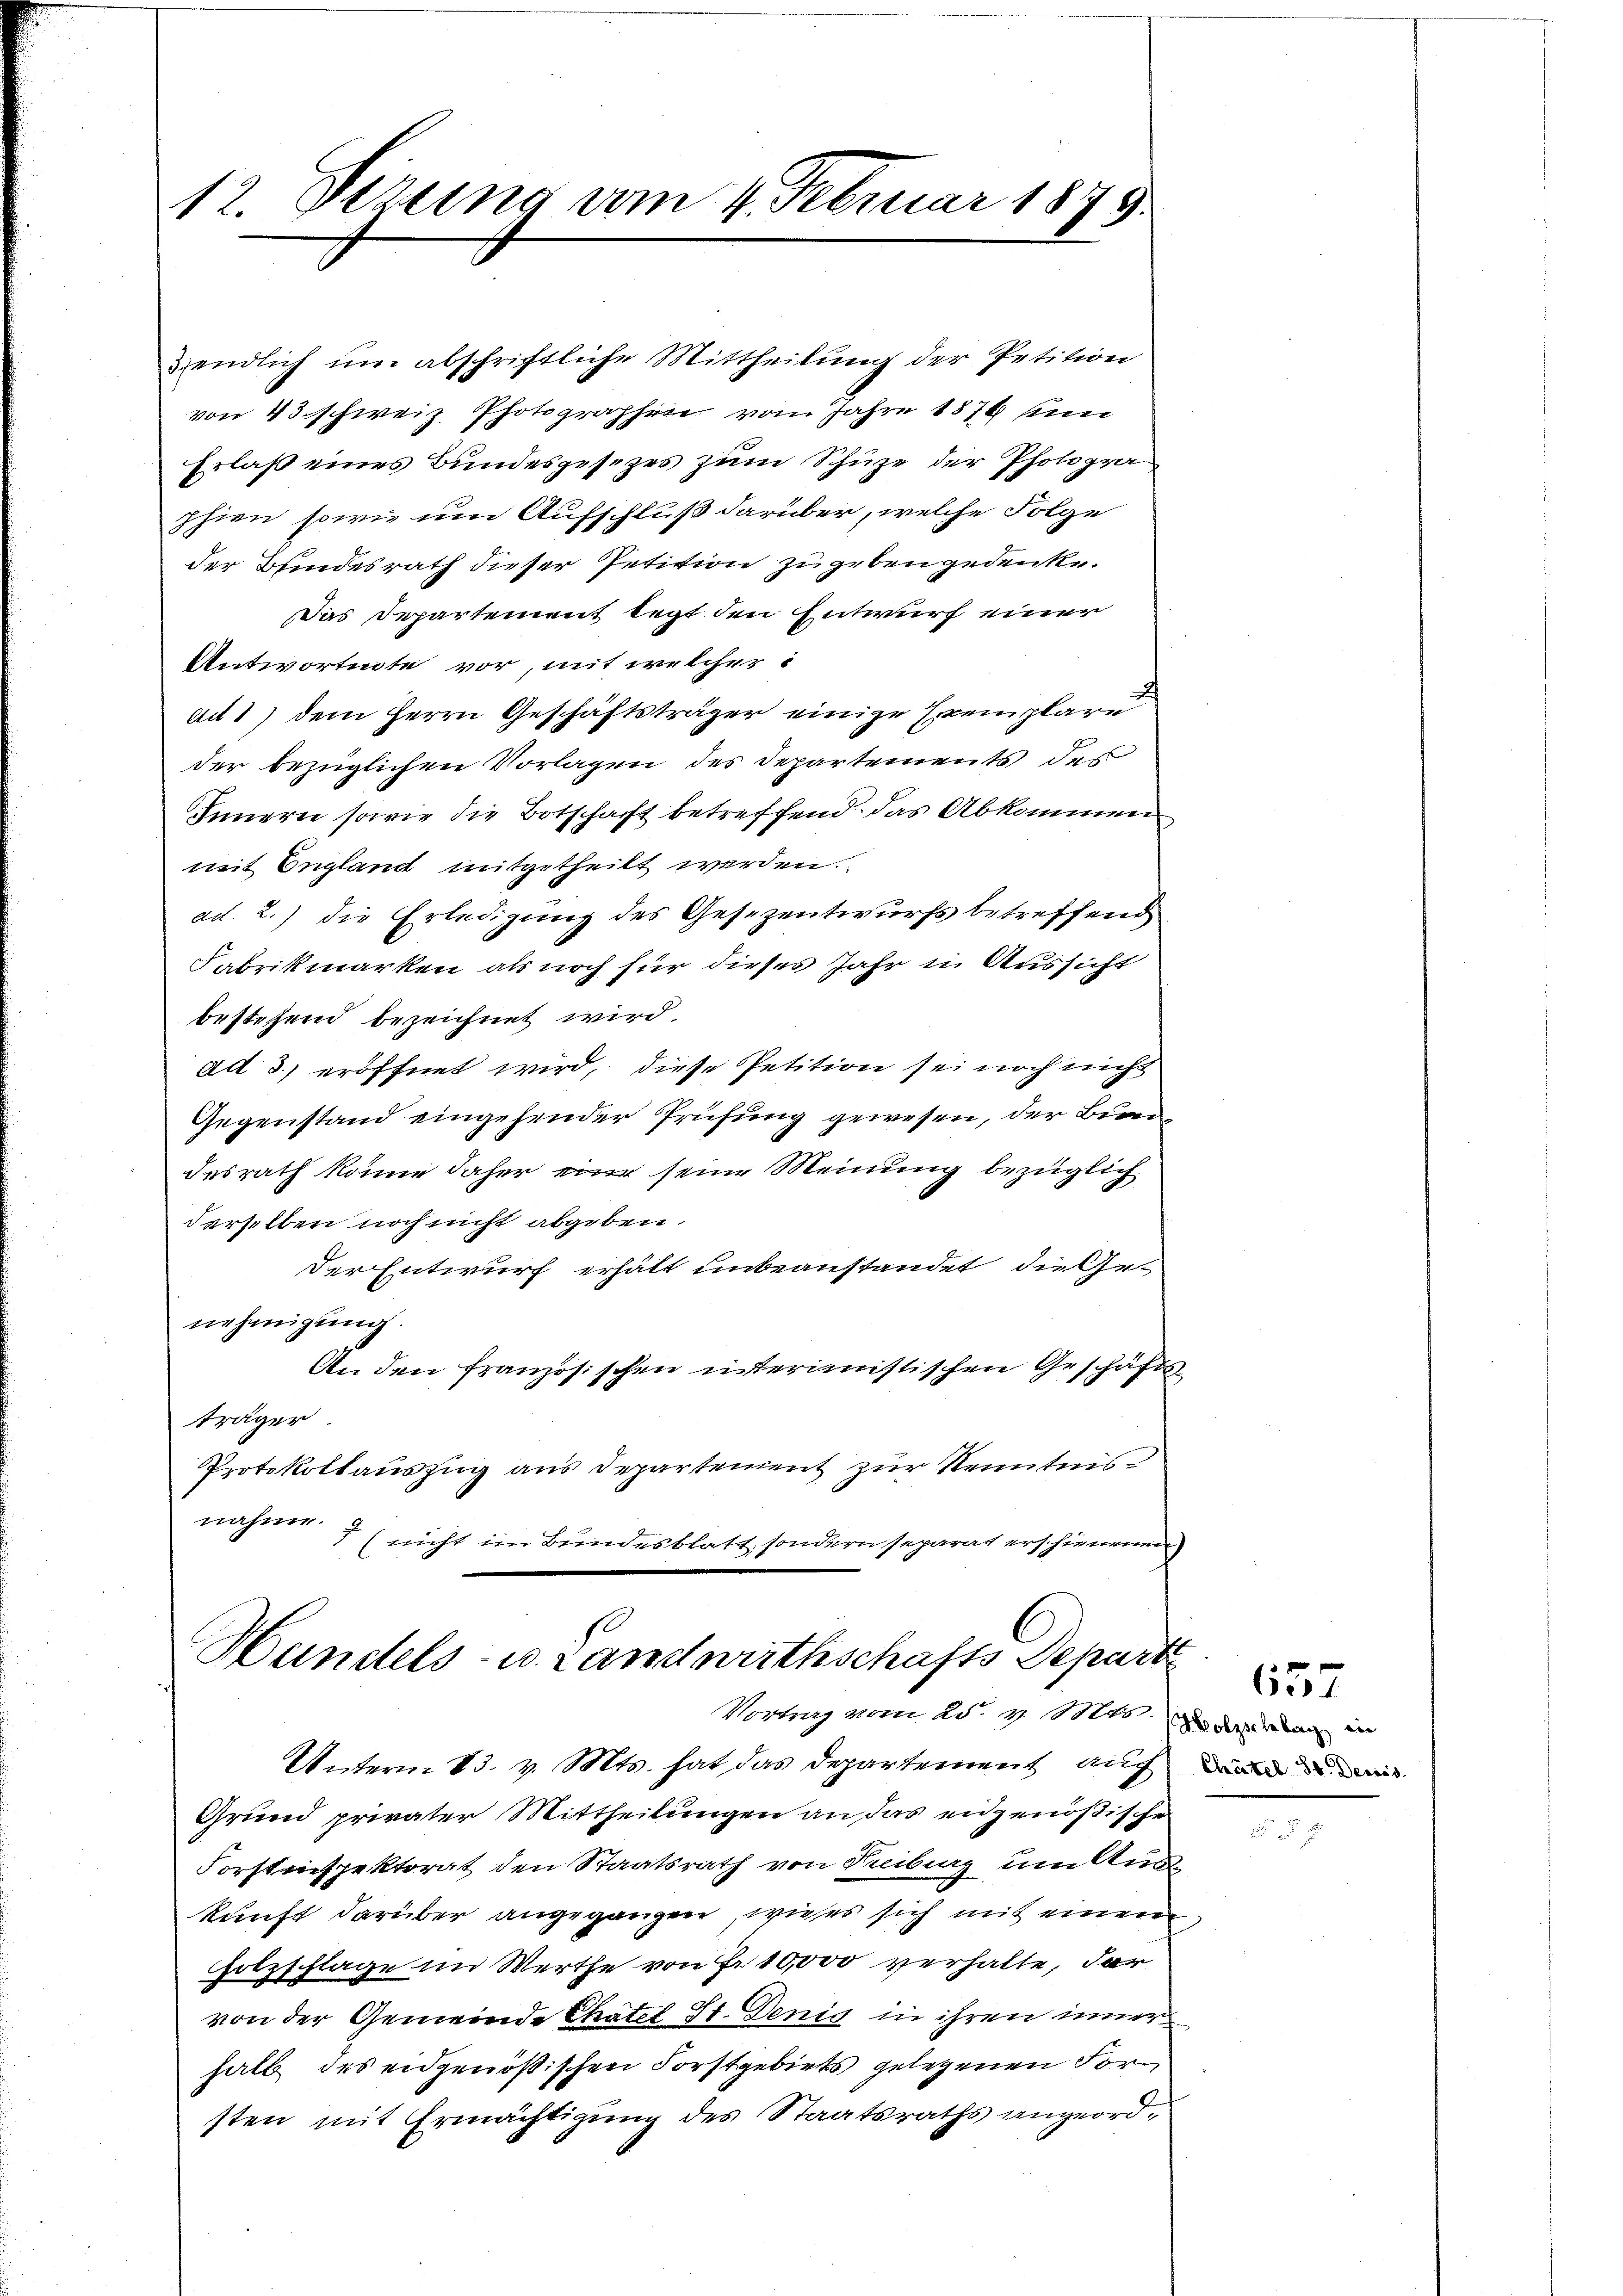
12. Dezung am 4. Februar 1875.

endlich ŭm abschriftliche Mittheilŭng der Petition
von 43 schweiz. Photographen vom Jahre 1876 ein
Erlaß eines Bundesgesezes zum Schüze der Photogra
phien, sowie um Aufschluß darüber, welche Folge
der Bundesrath dieser Petition zu geben gedenke.
Das Departement legt den Entwurf einer
Antwortete vor, mit welcher
ad 1) dem Herrn Geschäftsträger einige Exemplare
der bezüglichen Vorlagen des Departements des
Innern sowie die Botschaft betreffend das Abkommen
mit England mitgetheilt werden.
ad. 2.) die Erledigung des Gesezentwurfs betreffend
Fabrikmarken als noch für dieses Jahr in Aussicht
bestehend bezeichnet wird.
ad 3.) eröffnet wird, diese Petition sei noch nicht
Gegenstand eingehender Prüfung gewesen, der Burge
desrath könne daher eine seine Meinung bezüglich
derselben noch nicht abgeben.
der Entwurf erhält unbeanstandet, die Genehmigung.
An den französischen interimistischen Geschäftsträger.
Protokollauszug aus Departement zur Kenntnis
nahme.
7 (nicht im Bundesblatt, sondern separat erschienenen

Handels- u. Landwirthschafts Depart
Vortrag vom 25. v. 101245. Er das war in

Unterm 13. v. Mts. hat das Departement auch die
Grund privater Mittheilungen an das eidgenößische
Forstinspektorat den Staatsrath von Freiburg um Auskunft darüber angegangen, wieses sich mit einem
Holzschlage im Werthe von Fr. 10,000 verhalte, dar
von der Gemeinde Chatel St. Denig in ihren inner
halb des eidgenößischen Forstgebiets gelegenen Forsten mit Ermächtigung des Staatsraths angeord¬

657